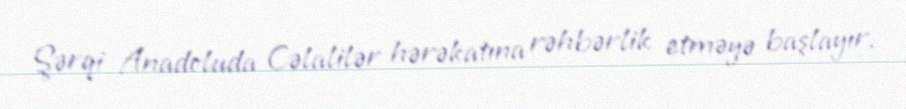
Şərqi Anadoluda Cəlalilər hərəkatına rəhbərlik etməyə başlayır.